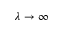
\lambda \to \infty